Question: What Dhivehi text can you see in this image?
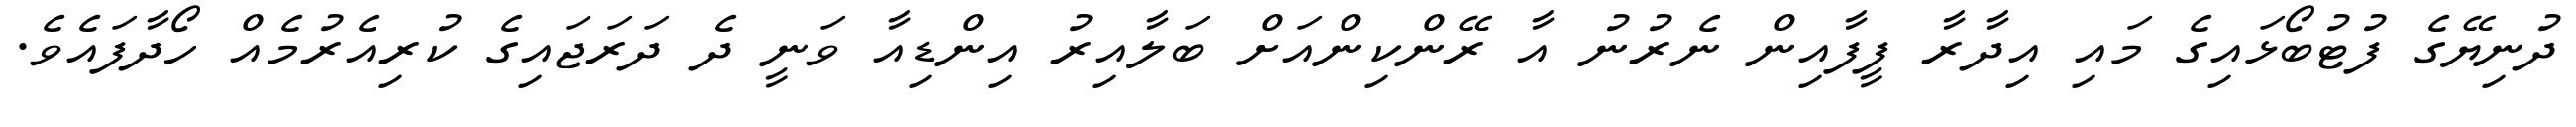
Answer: ދުނިޔޭގެ ފުޓުބޯޅައިގެ މައި އިދާރާ ފީފާއިން ނެރުނު އާ ރޭންކިންއަށް ބަލާއިރު އިންޑިއާ ވަނީ ދެ ދަރަޖައިގެ ކުރިއެރުމެއް ހޯދާފައެވެ.